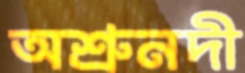
অশ্রুনদী